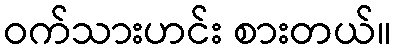
ဝက်သားဟင်း စားတယ်။